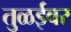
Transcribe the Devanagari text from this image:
तुळईवर